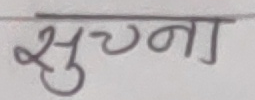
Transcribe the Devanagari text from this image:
सुचना